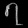
Digit: ၇